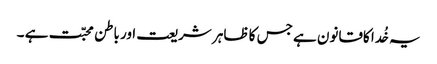
یہ خُدا کاقانون ہے جس کا ظاہر شریعت اور باطن محبّت ہے ۔